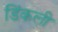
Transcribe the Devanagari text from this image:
डिंकली